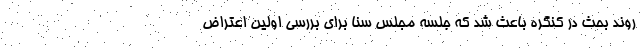
روند بحث در کنگره باعث شد که جلسه مجلس سنا برای بررسی اولین اعتراض